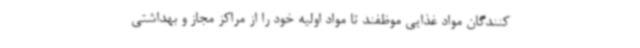
کنندگان مواد غذایی موظفند تا مواد اولیه خود را از مراکز مجاز و بهداشتی